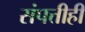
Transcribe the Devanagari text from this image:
संपत्तीही